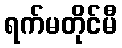
ရက်မတိုင်မီ